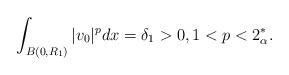
LaTeX: \begin{align*}\int_{B(0,R_1)}|v_0|^pdx=\delta_1>0, 1<p<2^*_{\alpha}.\end{align*}